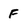
Character: F